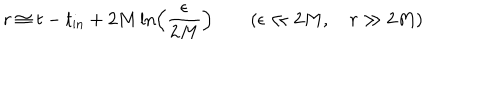
LaTeX: r \cong t - t _ { \mathrm { i n } } + 2 M \ln \left( { \frac { \epsilon } { 2 M } } \right) \qquad ( \epsilon \ll 2 M , \quad r \gg 2 M )